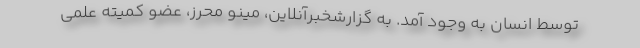
توسط انسان به وجود آمد. به گزارشخبرآنلاین، مینو محرز، عضو کمیته علمی